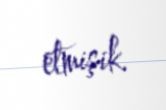
etmişik.